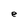
Character: e